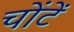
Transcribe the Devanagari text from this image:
चोंटें